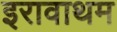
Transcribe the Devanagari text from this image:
इरावाथम